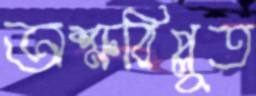
অশ্রুবিপ্লুত